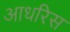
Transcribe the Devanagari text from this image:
आधरिस